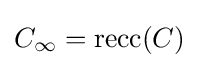
C_{\infty }=\operatorname {recc} (C)